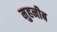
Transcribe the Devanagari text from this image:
मुहनीब